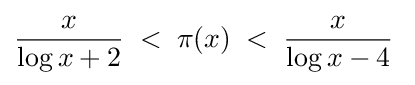
{\frac {x}{\log x+2}}\;<\;\pi (x)\;<\;{\frac {x}{\log x-4}}\;